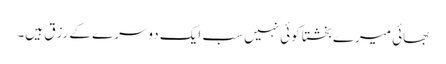
بھائی میرے بخشتا کوئی نہیں سب ایک دوسرے کے رزق ہیں۔